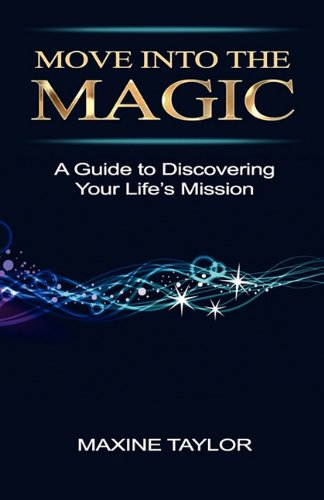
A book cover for Move Into the Magic; Maxine Taylor; Self-Help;